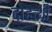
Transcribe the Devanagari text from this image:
दोहत्थी